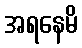
အရနေမိ